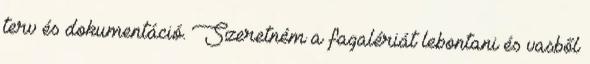
terv és dokumentáció. Szeretném a fagalériát lebontani és vasből